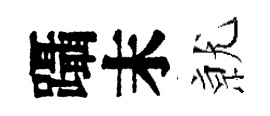
躡末𭕒